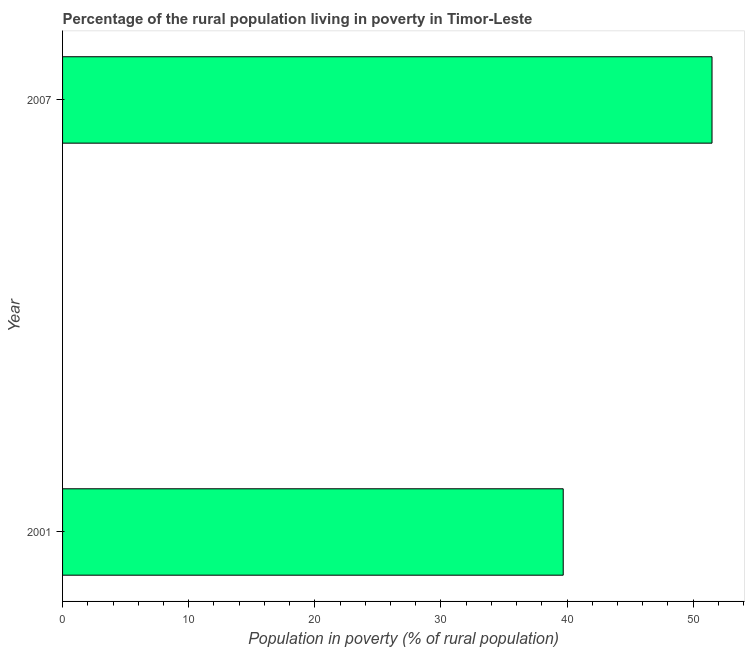
| Year | Rural poverty headcount ratio |
 | --- | --- |
 | 2001 | 39.7 |
 | 2007 | 51.5 |